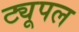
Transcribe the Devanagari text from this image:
ट्यूपल